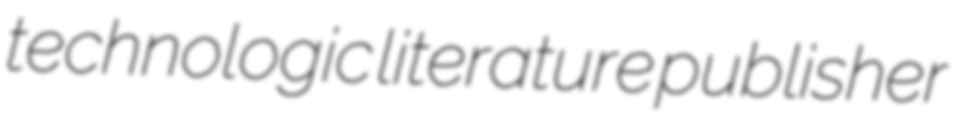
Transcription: technologic literature publisher